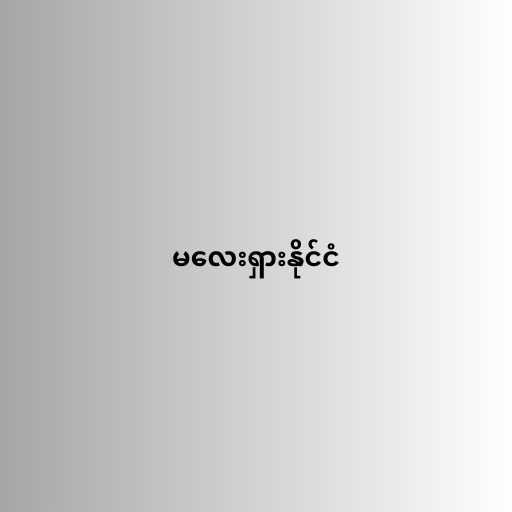
မလေးရှားနိုင်ငံ